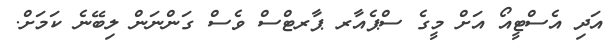
އަދި އެސްޓީއޯ އަށް މީގެ ސްޕެއާރ ޕާރޓްްސް ވެސް ގަންނަން ލިބޭނެ ކަމަށް.